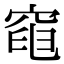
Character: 𥦣